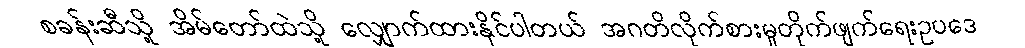
စခန်းဆီသို့ အိမ်တော်ထဲသို့ လျှောက်ထားနိုင်ပါတယ် အဂတိလိုက်စားမှုတိုက်ဖျက်ရေးဥပဒေ